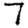
Digit: 7